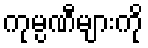
ကုမ္ပဏီများကို